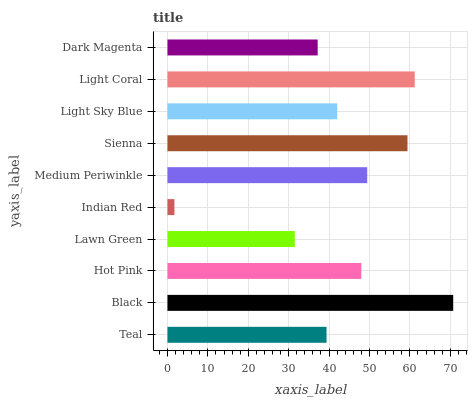
| yaxis_label | bars |
 | --- | --- |
 | Teal | 39.4 |
 | Black | 70.7 |
 | Hot Pink | 48 |
 | Lawn Green | 31.5 |
 | Indian Red | 1.73 |
 | Medium Periwinkle | 49.4 |
 | Sienna | 59.4 |
 | Light Sky Blue | 42 |
 | Light Coral | 61.2 |
 | Dark Magenta | 37.2 |